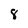
Character: 8